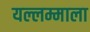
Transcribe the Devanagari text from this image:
यल्लम्माला